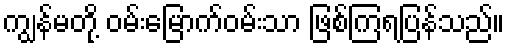
ကျွန်မတို့ ဝမ်းမြောက်ဝမ်းသာ ဖြစ်ကြရပြန်သည်။